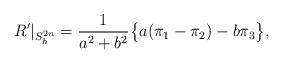
LaTeX: \begin{align*}R'|_{S_h^{2n}} = \frac{1}{a^2+b^2} \bigl\{a(\pi_1 - \pi_2) - b\pi_3\bigr\},\end{align*}